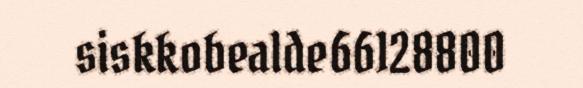
siskkobealde66128800